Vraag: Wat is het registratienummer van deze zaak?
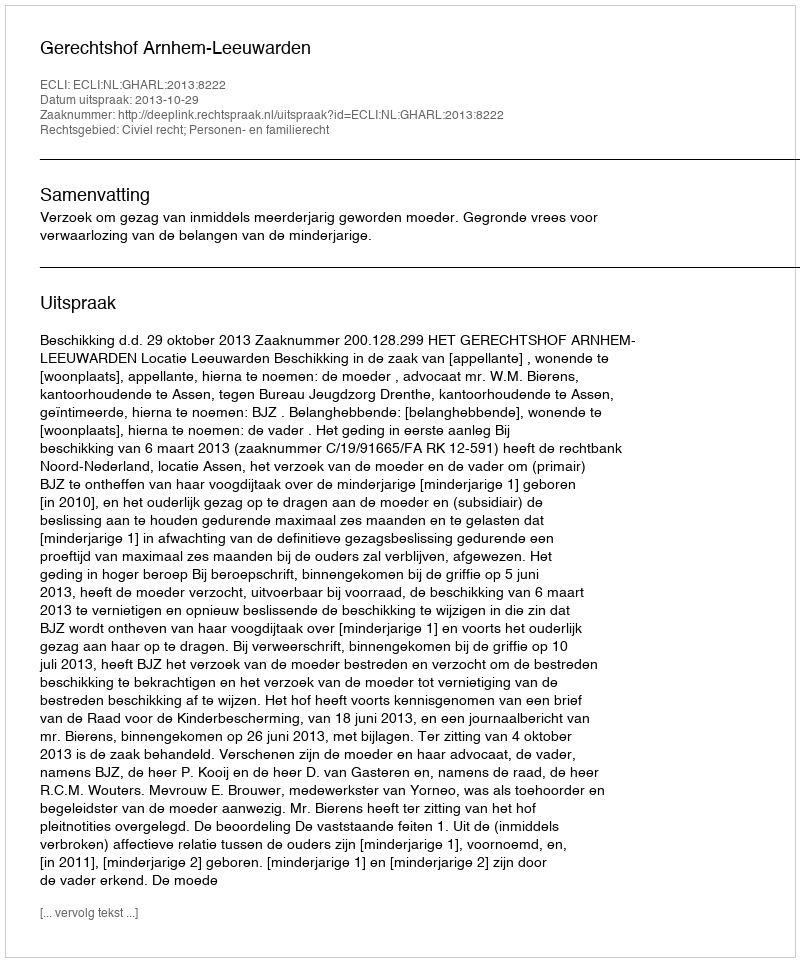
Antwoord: http://deeplink.rechtspraak.nl/uitspraak?id=ECLI:NL:GHARL:2013:8222